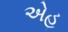
એહ